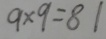
9 \times 9 = 8 1